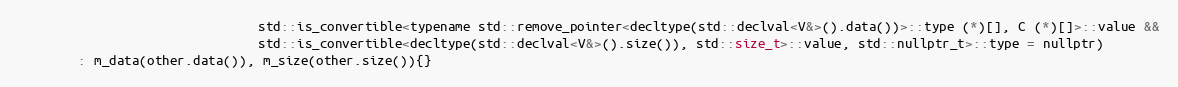
Language: C
                                std::is_convertible<typename std::remove_pointer<decltype(std::declval<V&>().data())>::type (*)[], C (*)[]>::value &&
                                std::is_convertible<decltype(std::declval<V&>().size()), std::size_t>::value, std::nullptr_t>::type = nullptr)
        : m_data(other.data()), m_size(other.size()){}